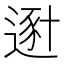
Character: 𨔿